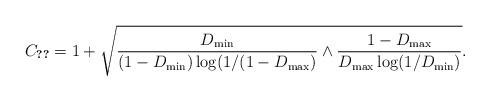
LaTeX: \begin{align*} C_{\ref{eq:c_delta}} = 1 + \sqrt{\frac{D_{\min}}{(1 - D_{\min}) \log(1 / (1 - D_{\max})} \wedge \frac{1 - D_{\max}}{D_{\max} \log(1 / D_{\min})}}. \end{align*}